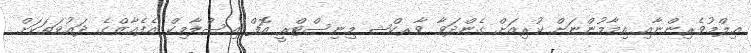
ޢިލްމުވެރިންނާއި އިމާމުންނަށް ކުރިއަށް ގެންދަވާ ވާރކްޝ މިނިސްޓްރީ އޮފް އިސްލާމިކް އެފެއާޒްގެ ދަޢުވަތަކަށް